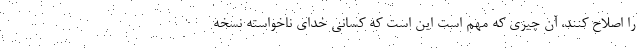
را اصلاح کنند، آن چیزی که مهم است این است که کسانی خدای ناخواسته نسخه